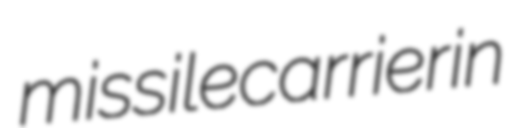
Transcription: missile carrier in